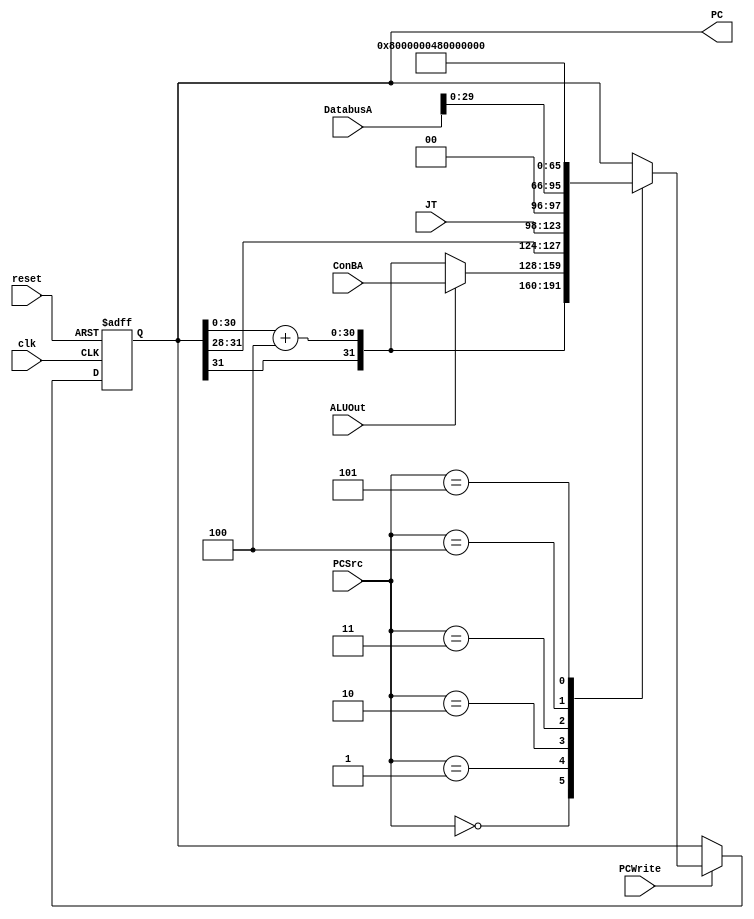
module Pipeline_PC(clk,reset,PCSrc,ALUOut,JT,ConBA,DatabusA,PCWrite,PC);
	input clk,reset,ALUOut,PCWrite;
	input [2:0] PCSrc;
	input [25:0] JT;
	input [31:0] DatabusA,ConBA;
	output reg [31:0] PC;
	
	wire [31:0] PC_4,Branch;
	
	parameter ILLOP=32'h8000_0004;
	parameter XADR=32'h8000_0008;
	
	assign PC_4 = {PC[31],(PC[30:0] + 31'h00000004)};
	assign Branch = ALUOut ? ConBA:PC_4;// 1->conBA ;0->PC+4
	
	always @(posedge clk,negedge reset)
	begin
		if(~reset)
			PC<=32'b0;
		else if(PCWrite)
		begin
			case(PCSrc)
			3'b000: PC <= PC_4;
			3'b001: PC <=Branch;
			3'b010: PC <= {PC[31:28],JT,2'b0};
			3'b011: PC <= {DatabusA[29:0],2'b00};
			3'b100: PC <= ILLOP;
			3'b101: PC <= XADR;
			endcase
		end
	end
endmodule